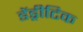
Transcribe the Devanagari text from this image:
डेंड्रीटिक